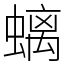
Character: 螭